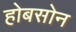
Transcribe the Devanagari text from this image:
होबसोन